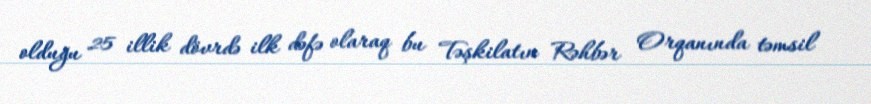
olduğu 25 illik dövrdə ilk dəfə olaraq bu Təşkilatın Rəhbər Orqanında təmsil